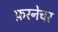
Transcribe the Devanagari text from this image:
फ़रनेचर